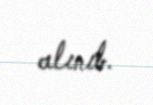
alınıb.